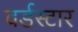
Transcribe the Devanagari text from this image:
वर्डस्‍टार